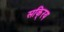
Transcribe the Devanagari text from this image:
सकि्रय